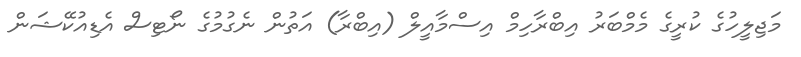
މަޖިލީހުގެ ކުރީގެ މެމްބަރު އިބްރާހިމް އިސްމާއީލް (އިބްރާ) އަތުން ނެގުމުގެ ނޯޓިސް އެޑިއުކޭޝަން